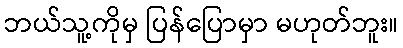
ဘယ်သူ့ကိုမှ ပြန်ပြောမှာ မဟုတ်ဘူး။